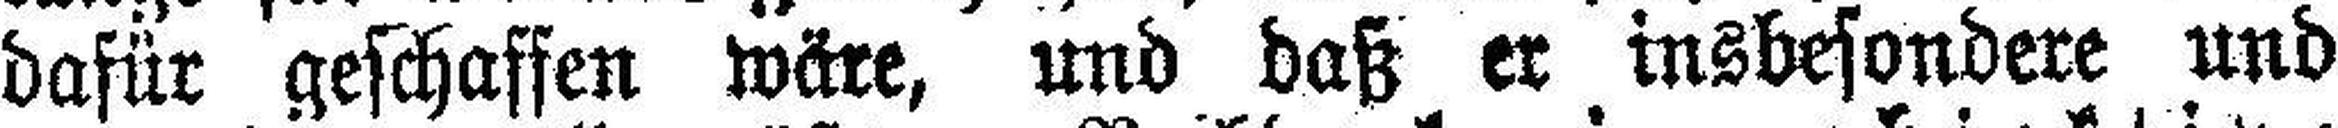
dafür geschaffen wäre, und daß er insbesondere und